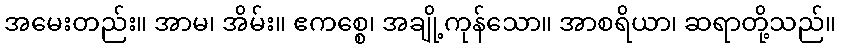
အမေးတည်း။ အာမ၊ အိမ်း။ ဧကစ္စေ၊ အချို့ကုန်သော။ အာစရိယာ၊ ဆရာတို့သည်။